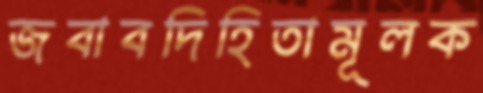
জবাবদিহিতামূলক